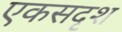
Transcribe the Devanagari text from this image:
एकसदृश